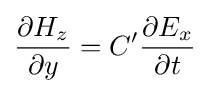
{\frac {\partial {H_{z}}}{\partial {y}}}=C'{\frac {\partial {E_{x}}}{\partial {t}}}